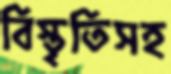
বিস্তৃতিসহ